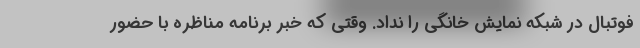
فوتبال در شبکه نمایش خانگی را نداد. وقتی که خبر برنامه مناظره با حضور